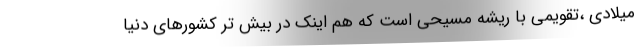
میلادی ،تقویمی با ریشهٔ مسیحی است که هم اینک در بیش تر کشورهای دنیا